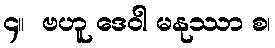
၄။  ဗဟူ ဒေဝါ မနုဿာ စ၊